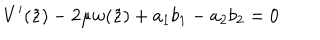
V ^ { \prime } ( \tilde { z } ) - 2 \mu w ( \tilde { z } ) + a _ { 1 } b _ { 1 } - a _ { 2 } b _ { 2 } = 0